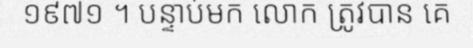
១៩៧១ ។ បន្ទាប់មក លោក ត្រូវបាន គេ